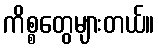
ကိစ္စတွေများတယ်။